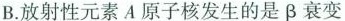
B.放射性元素A原子核发生的是β衰变